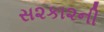
સ૨કા૨ની